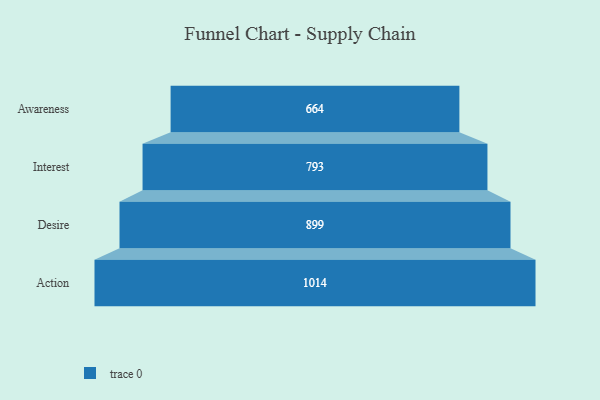
{"axis": {"x": "Stage", "y": "Value"}, "legend": [""], "data": [{"x": "Awareness", "y": 664.0, "type": ""}, {"x": "Interest", "y": 793.0, "type": ""}, {"x": "Desire", "y": 899.0, "type": ""}, {"x": "Action", "y": 1014.0, "type": ""}]}